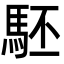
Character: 駓